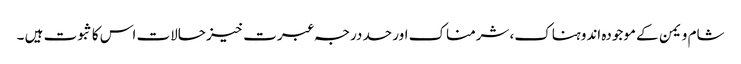
شام و یمن کے موجودہ اندوہناک، شرمناک اور حد درجہ عبرت خیز حالات اس کا ثبوت ہیں ۔